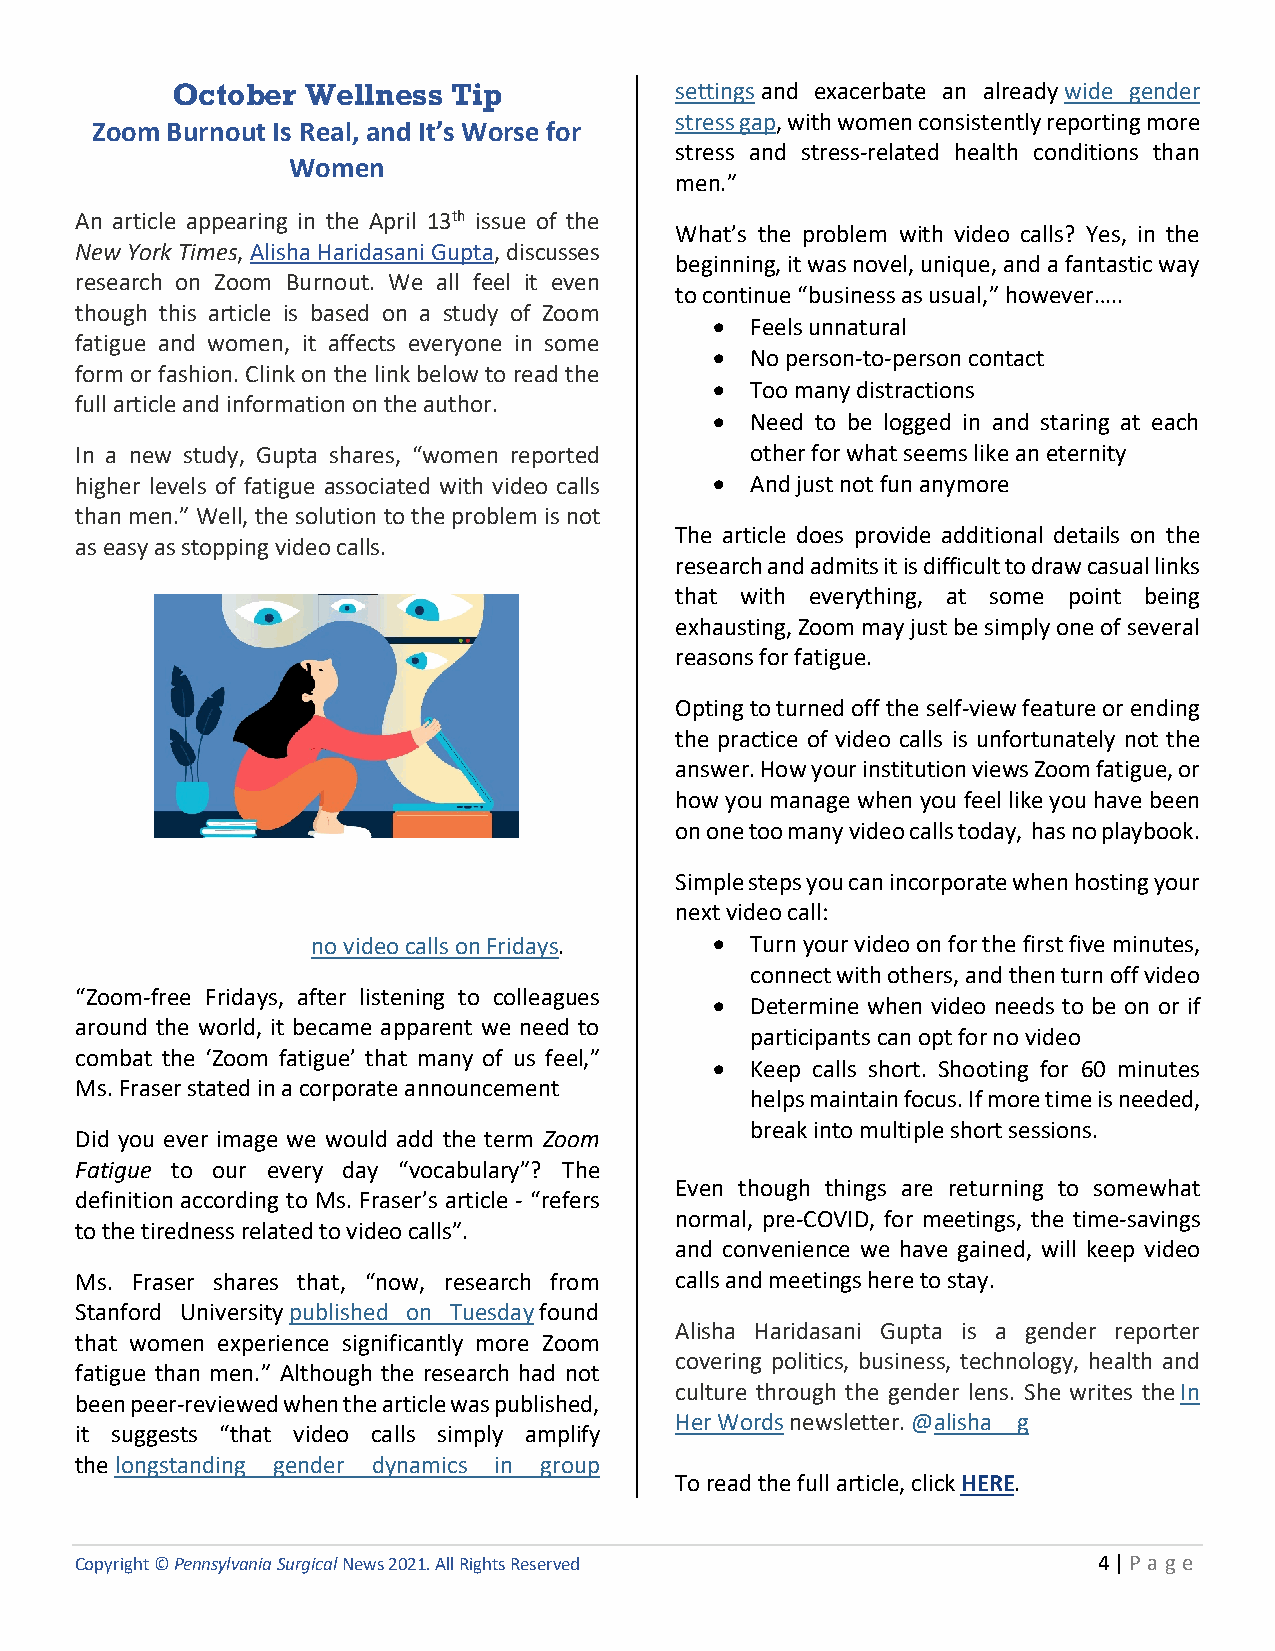
October  Wellness  Tip            settings and exacerbate an already wide gender
 stress gap, with women consistently reporting more
 Zoom Burnout Is Real, and It’s Worse for
 stress and stress-related health conditions than
 Women
 men.”
 An article appearing in the April 13th issue of the
 What’s the problem with video calls? Yes, in the
 New York Times, Alisha Haridasani Gupta, discusses
 beginning, it was novel, unique, and a fantastic way
 research on Zoom Burnout. We all feel it even
 to continue “business as usual,” however…..
 though this article is based on a study of Zoom
 •  Feels unnatural
 fatigue and women, it affects everyone in some
 •  No person-to-person contact
 form or fashion. Clink on the link below to read the
 •  Too many distractions
 full article and information on the author.
 •  Need to be logged in and staring at each
 In a new study, Gupta shares, “women reported other for what seems like an eternity
 higher levels of fatigue associated with video calls • And just not fun anymore
 than men.” Well, the solution to the problem is not
 The article does provide additional details on the
 as easy as stopping video calls.
 research and admits it is difficult to draw casual links
 that with everything, at some point being
 exhausting, Zoom may just be simply one of several
 reasons for fatigue.
 Opting to turned off the self-view feature or ending
 the practice of video calls is unfortunately not the
 answer. How your institution views Zoom fatigue, or
 how you manage when you feel like you have been
 on one too many video calls today, has no playbook.
 Simple steps you can incorporate when hosting your
 next video call:
 no video calls on Fridays. • Turn your video on for the first five minutes,
 connect with others, and then turn off video
 “Zoom-free Fridays, after listening to colleagues
 •  Determine when video needs to be on or if
 around the world, it became apparent we need to
 participants can opt for no video
 combat the ‘Zoom fatigue’ that many of us feel,”
 •  Keep calls short. Shooting for 60 minutes
 Ms. Fraser stated in a corporate announcement
 helps maintain focus. If more time is needed,
 break into multiple short sessions.
 Did you ever image we would add the term Zoom
 Fatigue to our every day “vocabulary”? The
 Even though things are returning to somewhat
 definition according to Ms. Fraser’s article - “refers
 normal, pre-COVID, for meetings, the time-savings
 to the tiredness related to video calls”.
 and convenience we have gained, will keep video
 Ms. Fraser shares that, “now, research from calls and meetings here to stay.
 Stanford University published on Tuesday found
 Alisha Haridasani Gupta is a gender reporter
 that women experience significantly more Zoom
 covering politics, business, technology, health and
 fatigue than men.” Although the research had not
 culture through the gender lens. She writes the In
 been peer-reviewed when the article was published,
 Her Words newsletter. @alisha__g
 it suggests “that video calls simply amplify
 the longstanding gender dynamics in group
 To read the full article, click HERE.
 Copyright © Pennsylvania Surgical News 2021. All Rights Reserved    4 | P a ge